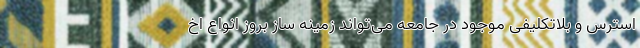
استرس و بلاتکلیفی موجود در جامعه می‌تواند زمینه ساز بروز انواع اخ